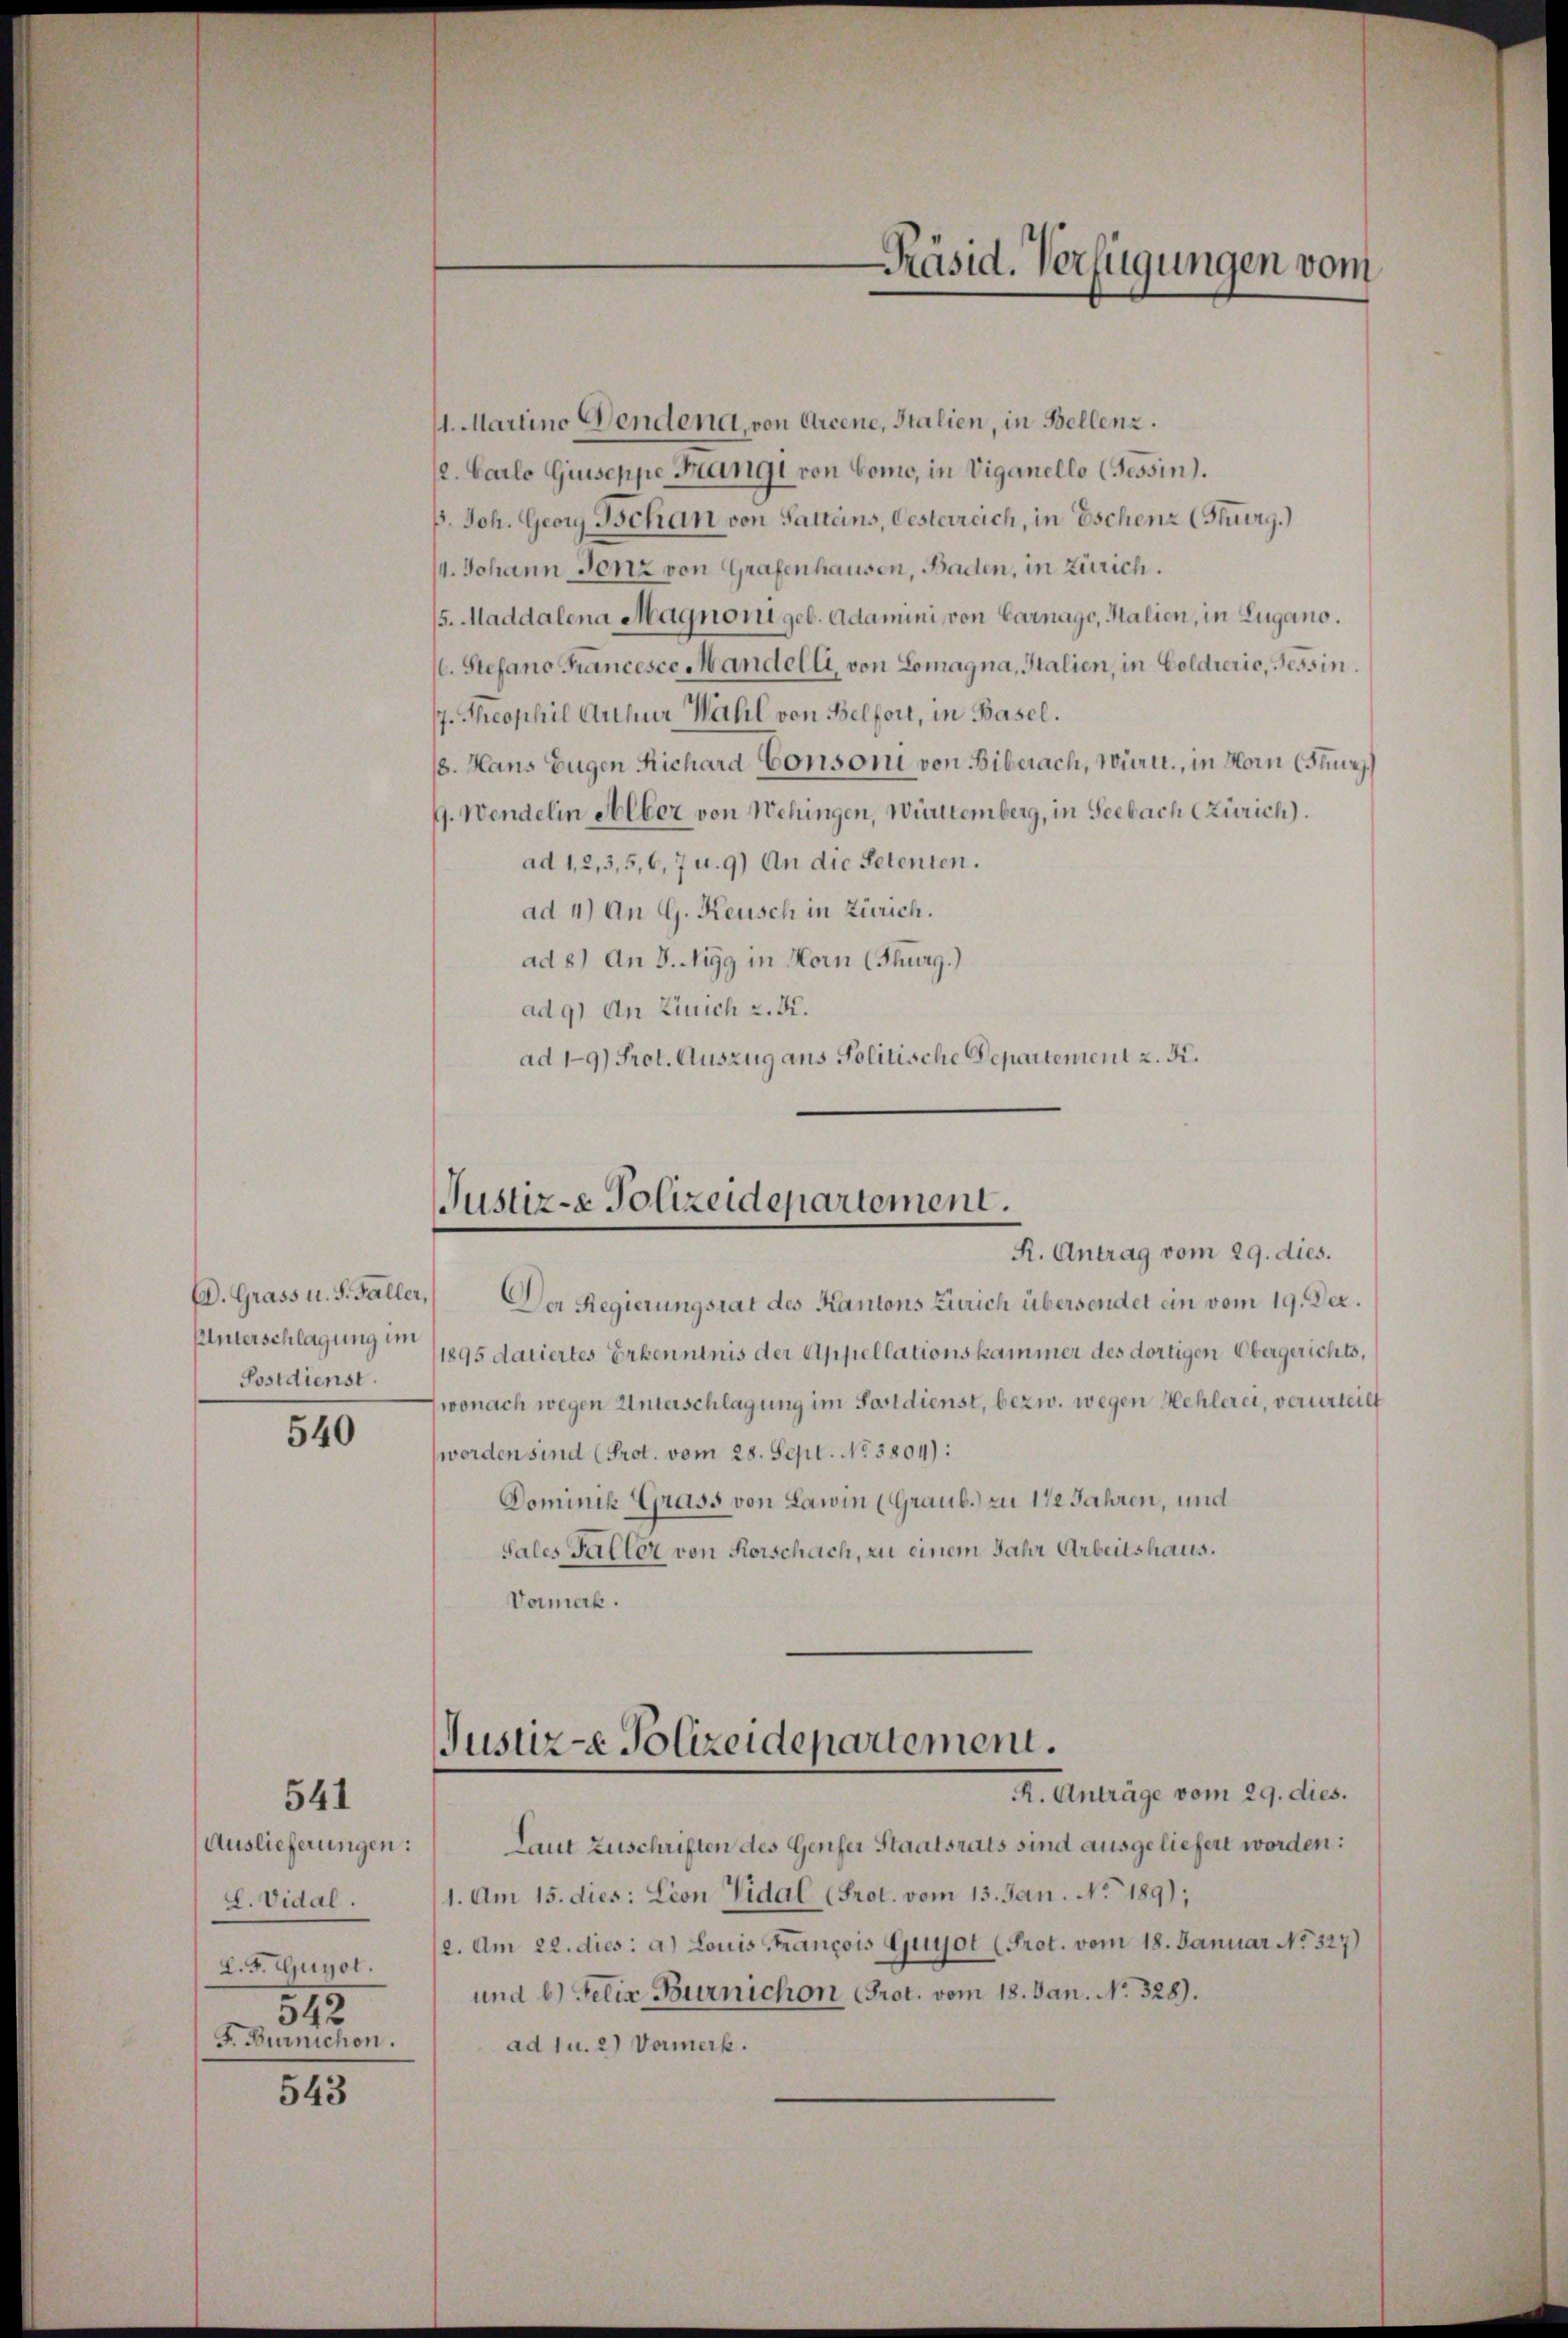
Unterschlagung im
Postdienst.

Auslieferungen
L. Vidal.
L. F. Guyol.
542
F. Burnichen.

540

541

543

Präsid. Verfügungen vom

1. Martino Gendena, von Arcene, Stalien, in Bellenz.
2. Carlo Giuseppe Frangi von Como, in Viganello (Tessin).
B. Joh. Georg Bchan von Sattens, Gesterreich, in Eschenz (Thurg.
/4. Johann Jenz von Grafenhausen, Baden, in Zürich.
15. Maddalena Magnoni geb. Adamini von Carnago, Italien, in Lugano.
1. Stefano Francesco Mandelli, von Lomagna, Stalien, in Goldierie, Tessin.
7. Theophil Anhur Wahl von Belfort, in Basel.
8. Hans Eugen Richard Conson von Biberach, Württ., in Horn (Thur
9. Wendelin Alber von Wehingen, Württemberg, in Seebach Zürich).
ad 1, 2, 3, 5, 6, 7 u. 9) An die Petenten.
ad 4) An G. Keusch in Zürich.
ad 8) An 3. Nigg in Horn (Thurg.)
ad 9) An Zürich z. B.
ad 19) Prot. Auszug ans Politische Departement z. K.

Justiz-e Polizeidepartement.
R. Antrag vom 29. dies.

D. Grass u. S. Faller, Der Regierungsrat des Kantons Zürich übersendet ein vom 19. Dec.
1895 datiertes Erkenntnis der Appellationskammer des dortigen Obergerichts,
wonach wegen Unterschlagung im Postdienst, bezw. wegen Hehlerei, verurteilt
worden sind (Prot. vom 28. Sept. No 3804):
Dominik Grass von Lawin (Graub.) zu 1 1/2 Jahren, und
Sales Faller von Rorschach, zu einem Jahr Arbeitshaus.
Vormerk.

Justiz-e Polizeidepartement.
R. Anträge vom 29. dies.

Laut Zuschriften des Genfer Staatsrats sind ausgeliefert worden:
1. Am 15. dies: Lion Vidal (Prot. vom 13. Jan. No. 189);
(2. Am 22. dies: a) Louis François Guyot (Prot. vom 18. Januar No. 327)
und b.) Felix Burnichon Prot. vom 18. Jan. No. 328).
ad 1 u. 2) Vormerk.